Report on malaria in the Punjab during the year ...  together with an account of the work of the Punjab Malaria Bureau - Volume 1
Disease focus: Malaria
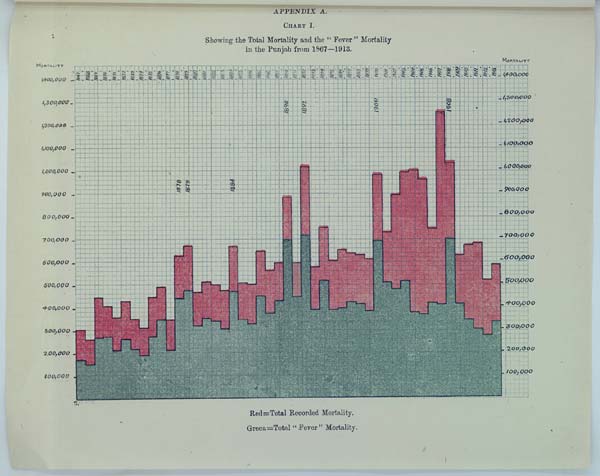
APPENDIX A.
CHART I.
Showing the Total Mortality and the "Fever" Mortality
in the Punjab from 1867—1913.
Red=Total Recorded Mortality.
Green=Total "Fever" Mortality.